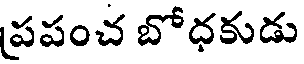
ప్రపంచ బోధకుడు